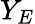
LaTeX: Y_{E}